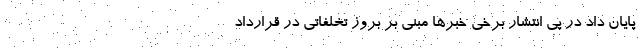
پایان داد در پی انتشار برخی خبرها مبنی بر بروز تخلفاتی در قرارداد